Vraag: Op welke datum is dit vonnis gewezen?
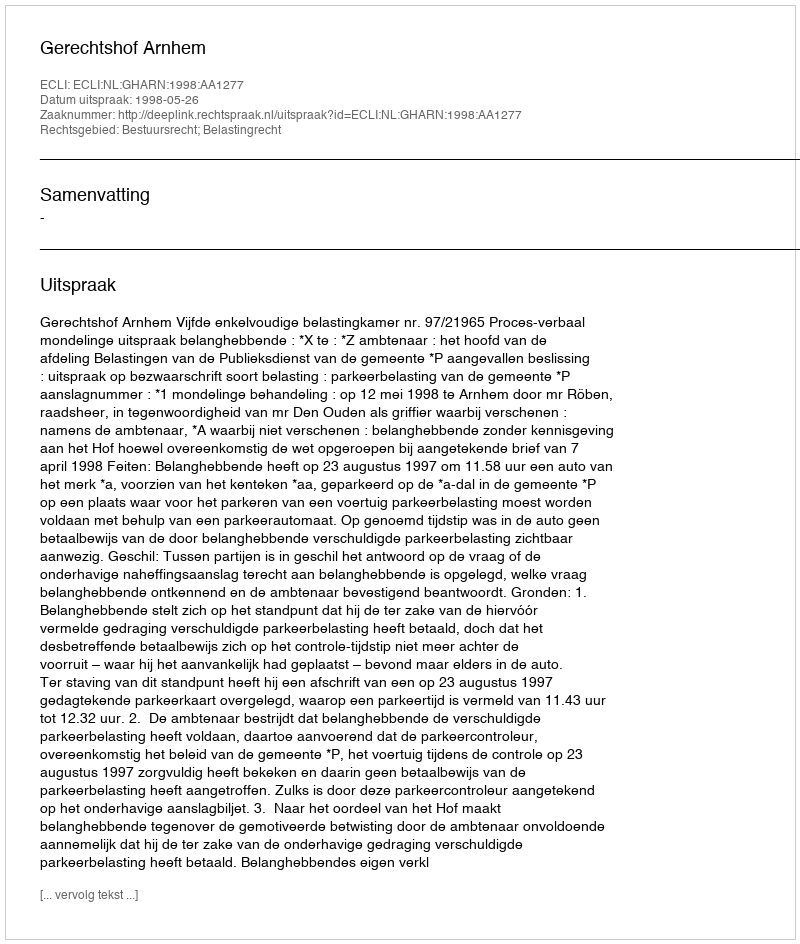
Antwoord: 1998-05-26